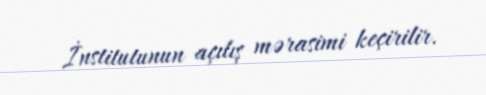
İnstitutunun açılış mərasimi keçirilir.